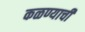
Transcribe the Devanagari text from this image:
कळण्याची